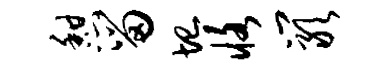
憩留圮恪岩